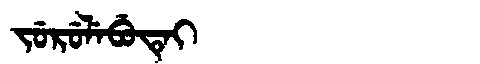
Manchu: ᠵᡠᡵᡠᠯᡝᠪᡠᡨᡝᡳ
Romanization: JURULEBUTEI